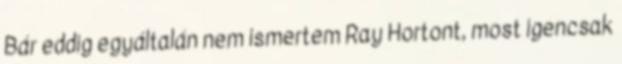
Bár eddig egyáltalán nem ismertem Ray Hortont, most igencsak